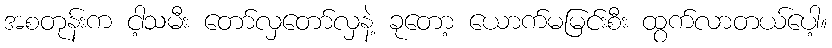
အစတုန်းက ငါ့သမီး တော်လှတော်လှနဲ့ ခုတော့ ယောက်မမြင်းစီး ထွက်လာတယ်ပေါ့။